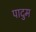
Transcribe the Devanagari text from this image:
पादुम